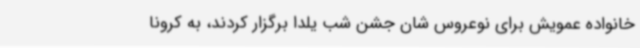
خانواده عمویش برای نوعروس شان جشن شب یلدا برگزار کردند، به کرونا